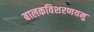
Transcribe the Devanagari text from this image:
बालकविशरणयमु